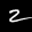
Label: 2